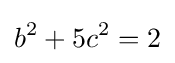
b^{2}+5c^{2}=2